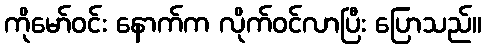
ကိုမော်ဝင်း နောက်က လိုက်ဝင်လာပြီး ပြောသည်။